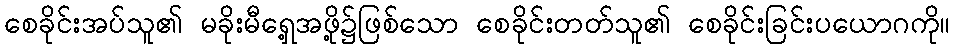
စေခိုင်းအပ်သူ၏ မခိုးမီရှေ့အဖို့၌ဖြစ်သော စေခိုင်းတတ်သူ၏ စေခိုင်းခြင်းပယောဂကို။